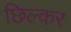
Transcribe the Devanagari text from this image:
छिल्कर